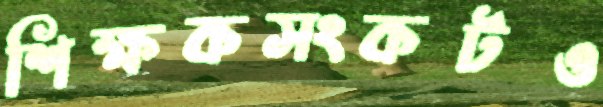
শিক্ষকসংকটও